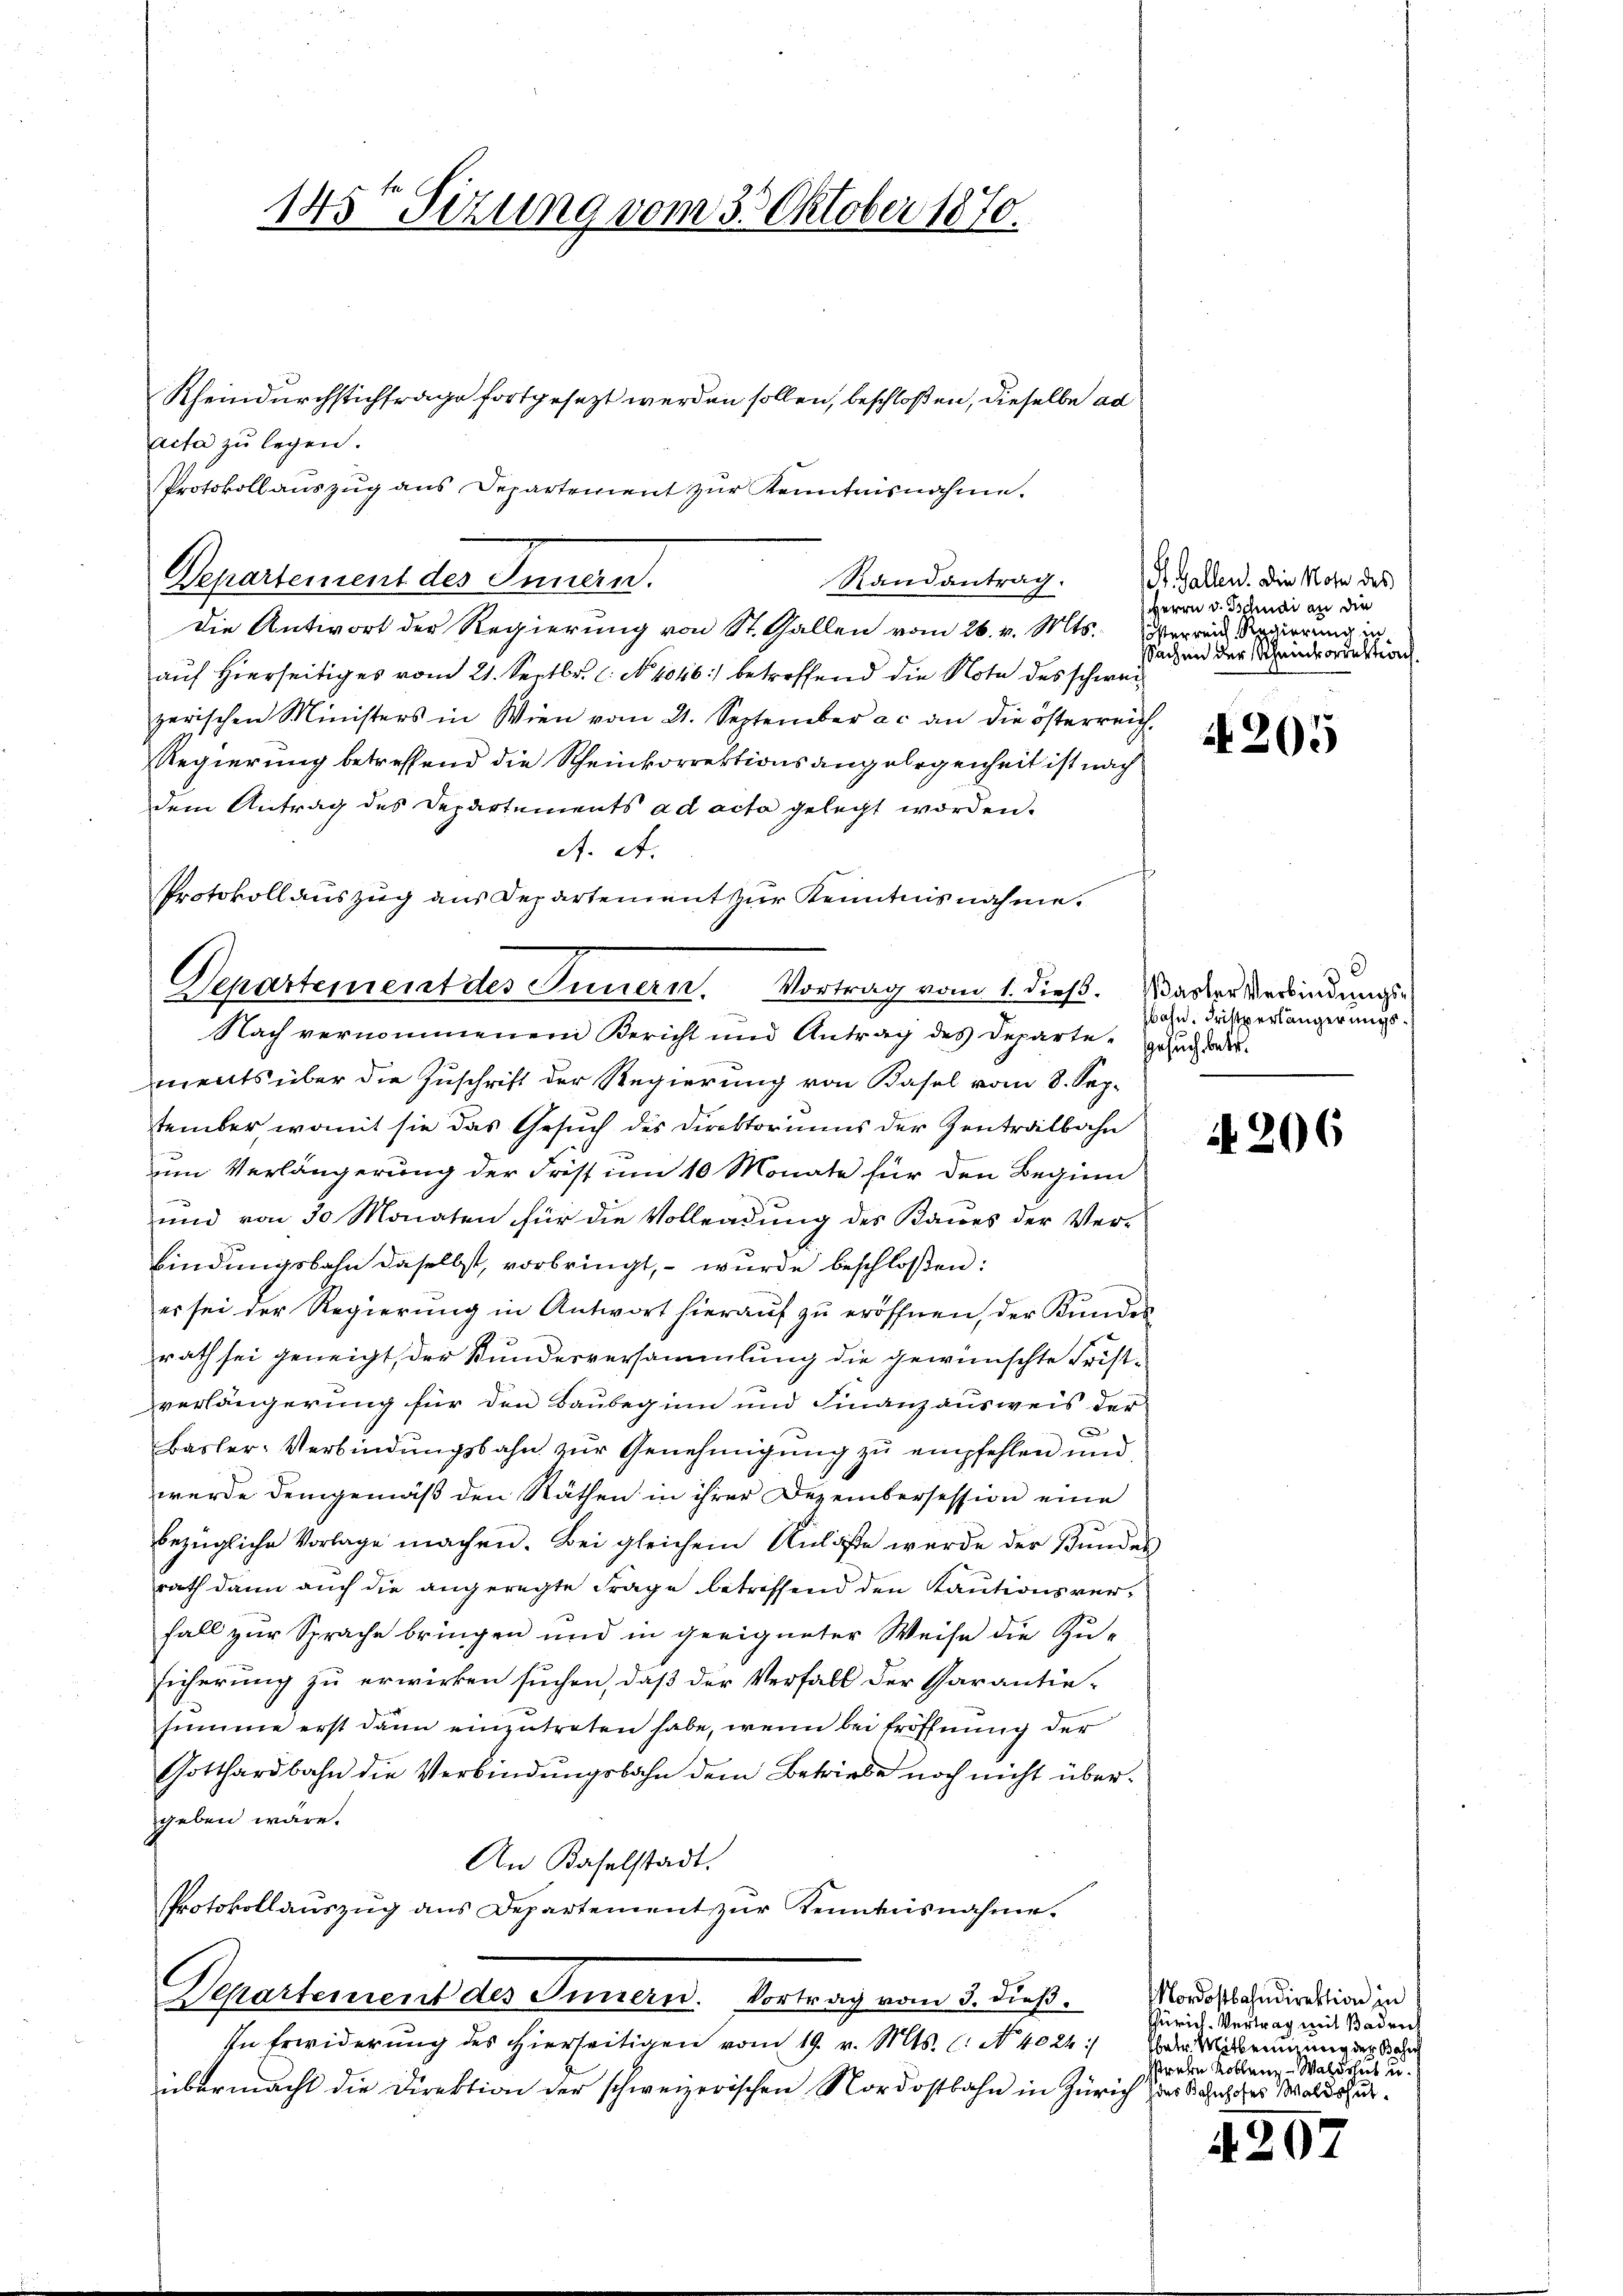
145t Sizung vom 3. Oktober 1870.

Rheindurchstichtrage fortgesezt werden sollen, beschloßen, dieselbe ad
Acta zu legen.
Protokollauszug aus Departement zur Kenntnisnahme.
Departement des Innern.
Die Antwort der Regierung von St. Gallen vom 26. v. Mts.
auf hierseitiges vom 21. Septbr. l. N 1016) betreffend die Note des schweizerischen Ministers in Wien vom 21. September a.c. an die österreich
Regierung betreffend die Scheinkorrektionsangelegenheit ist nach
dem Antrag des Departements ad acta gelegt worden.
A. A.
ments über die Zuschrift der Regierung von Basel vom 8. September womit sie das Gesuch des Direktoriums der Zentralbahn
um Verlängerung der Frist um 10 Monate für den Beginn
und von 30 Monaten für die Vollendung des Baues der Ver-
bindungsbahn daselbst, vorbringt, – wurde beschloßen:
er sei der Regierung in Antwort hierauf zu eröffnen, der Kundes
rath sei geneigt, der Bundesversammlung die gewünschte Fristverlängerung für den Baubeginn und Finanzausweis der
Basler-Verbindŭngsbahn zŭr Genehmigŭng zŭ empfehlen und
werde demgemäß den Räthen in ihrer Dezembersession eine
bezügliche Vorlage machen. Bei gleichem Anlaße werde der Bunden
rath dann auch die angeregte Frage betreffend den Kautionsverfall zur Sprache bringen und in geeigneter Weise die Zusicherung zu erwirken suchen, daß der Verfall der Garantiesumme erst dann einzutreten habe, wenn bei Eröffnung der
Gotthardbahn die Verbindungsbahn dem Betriebe noch nicht übergeben wäre.
An Kaselstadt.
Protokollaŭszŭg ans Departement zŭr Kenntnisnahme.

Protokollauszug aus Departement zur Kenntnisnahme.
Departement des Innern. Vortrag vom 1. dieß. Waster Verbindungs¬
Nach vernommenen Bericht und Antrag des Departe-

Departement des Innern. Vortrag vom 3. dieβ.

Randantrag.

In Erwiderung des hierseitigen vom 19. v. Mts. (: No 4024:
übermacht die Direktion der schweizerischen Nordostbahn in Zürich die er sei eine einen de

St. Gallen. Die Note des
Herrn v. Tschudi an die
österreich Regierung
Sachen der Scheinkorrektion

A 205

bahn. Fristverlängerungs¬
Gesuch betr.

4206

Mordostbahndirektion in
Zürich. Vertrag mit Baden
Thale Mitteringung der Bahn
e

43